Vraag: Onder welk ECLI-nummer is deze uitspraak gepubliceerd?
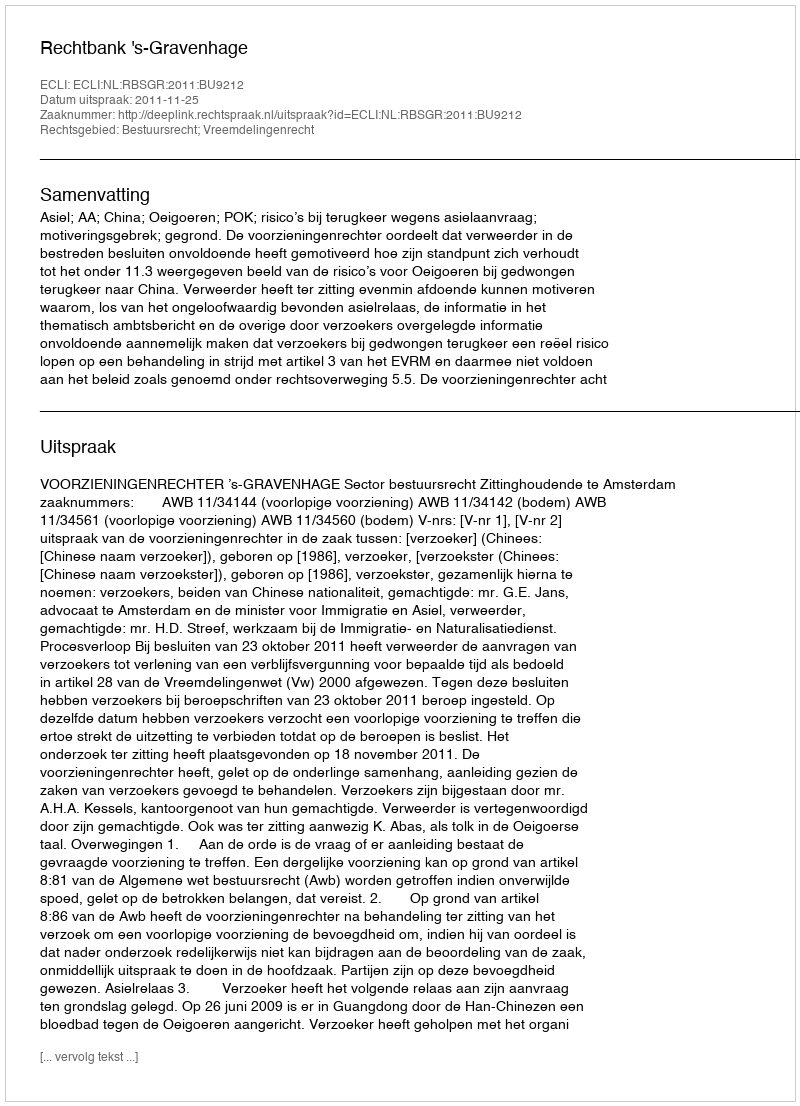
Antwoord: ECLI:NL:RBSGR:2011:BU9212